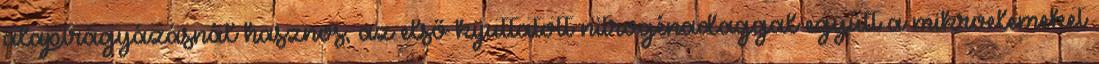
alaptrágyázásnál hasznos, az első kijuttatott nitrogénadaggal együtt a mikroelemeket